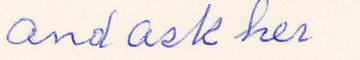
and ask her